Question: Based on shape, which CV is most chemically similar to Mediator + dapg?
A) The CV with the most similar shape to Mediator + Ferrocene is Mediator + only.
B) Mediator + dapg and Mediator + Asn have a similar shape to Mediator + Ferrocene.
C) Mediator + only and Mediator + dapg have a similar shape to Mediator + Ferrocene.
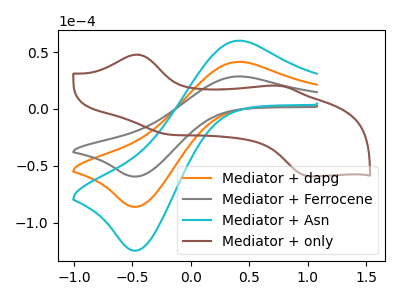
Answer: <think>The orange curve "Mediator + dapg" has an anodic peak at (0.40V, 41.50uA) and a cathodic peak at (-0.45V, -86.05uA). The gray curve "Mediator + Ferrocene" has an anodic peak at (0.40V, 28.65uA) and a cathodic peak at (-0.45V, -59.45uA). The cyan curve "Mediator + Asn" has an anodic peak at (0.40V, 83.00uA) and a cathodic peak at (-0.45V, -172.10uA). The brown curve "Mediator + only" has anodic peaks at (-0.45V, 47.90uA) (0.75V, 20.45uA) and cathodic peaks at (-0.20V, -22.40uA) (1.00V, -59.35uA).
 All the peaks in "Mediator + dapg" have a peak in "Mediator + Ferrocene" at the same potential. Every peak in "Mediator + dapg" is higher than every peak in "Mediator + Ferrocene". All the peaks in "Mediator + dapg" have a peak in "Mediator + Asn" at the same potential. Every peak in "Mediator + dapg" is lower than every peak in "Mediator + Asn". "Mediator + dapg" and "Mediator + only" have a different number of peaks. All the peaks in "Mediator + Ferrocene" have a peak in "Mediator + Asn" at the same potential. Every peak in "Mediator + Ferrocene" is lower than every peak in "Mediator + Asn". "Mediator + Ferrocene" and "Mediator + only" have a different number of peaks. "Mediator + Asn" and "Mediator + only" have a different number of peaks.</think>
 <answer>B) "Mediator + dapg" and "Mediator + Asn" have a similar shape to "Mediator + Ferrocene".</answer>
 <eval>B</eval>